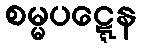
စမ္မပဋ္ဋေန